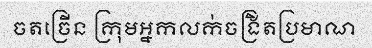
ចតច្រើន ក្រុមអ្នកលក់ចង្រិតប្រមាណ